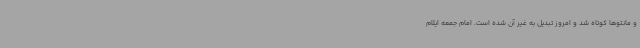
و مانتوها کوتاه شد و امروز تبدیل به غیر آن شده است. امام جمعه ایلام